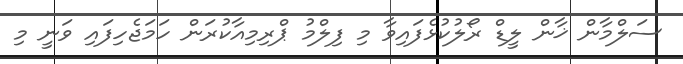
ސަލްމާން ޚާން ލީޑް ރޯލުކުޅެފައިވާ މި ފިލްމު ޕްރިމިއާކުރަން ހަމަޖެހިފައި ވަނީ މި